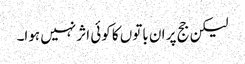
لیکن جج پر ان باتوں کا کوئی اثر نہیں ہوا۔